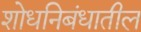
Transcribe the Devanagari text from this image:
शोधनिबंधातील